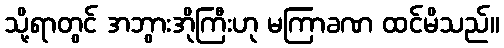
သို့ရာတွင် အဘွားအိုကြီးဟု မကြာခဏ ထင်မိသည်။